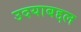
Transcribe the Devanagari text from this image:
उदयाबद्दल